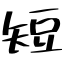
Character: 短